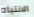
الانتباه